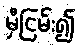
မှီငြမ်း၍